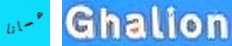
عسانا Ghalion